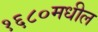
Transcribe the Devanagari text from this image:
१६८०मधील